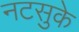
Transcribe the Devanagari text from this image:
नटसुके